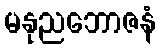
မနုညဘောဇနံ